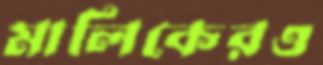
মালিকেরও